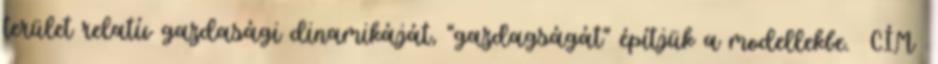
terület relatív gazdasági dinamikáját, "gazdagságát" építjük a modellekbe. CÍM